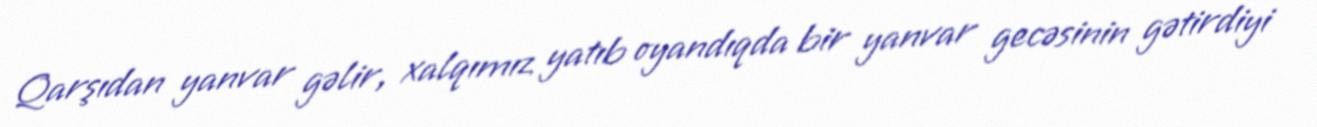
Qarşıdan yanvar gəlir, xalqımız yatıb oyandıqda bir yanvar gecəsinin gətirdiyi